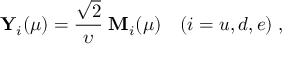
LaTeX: { \bf Y } _ { i } ^ { } ( \mu ) = \frac { \sqrt { 2 } } { \upsilon } \; { \bf M } _ { i } ^ { } ( \mu ) \quad ( i = u , d , e ) \; ,